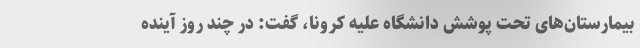
بیمارستان‌های تحت پوشش دانشگاه علیه کرونا، گفت: در چند روز آینده